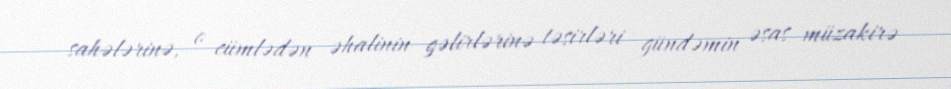
sahələrinə, o cümlədən əhalinin gəlirlərinə təsirləri gündəmin əsas müzakirə